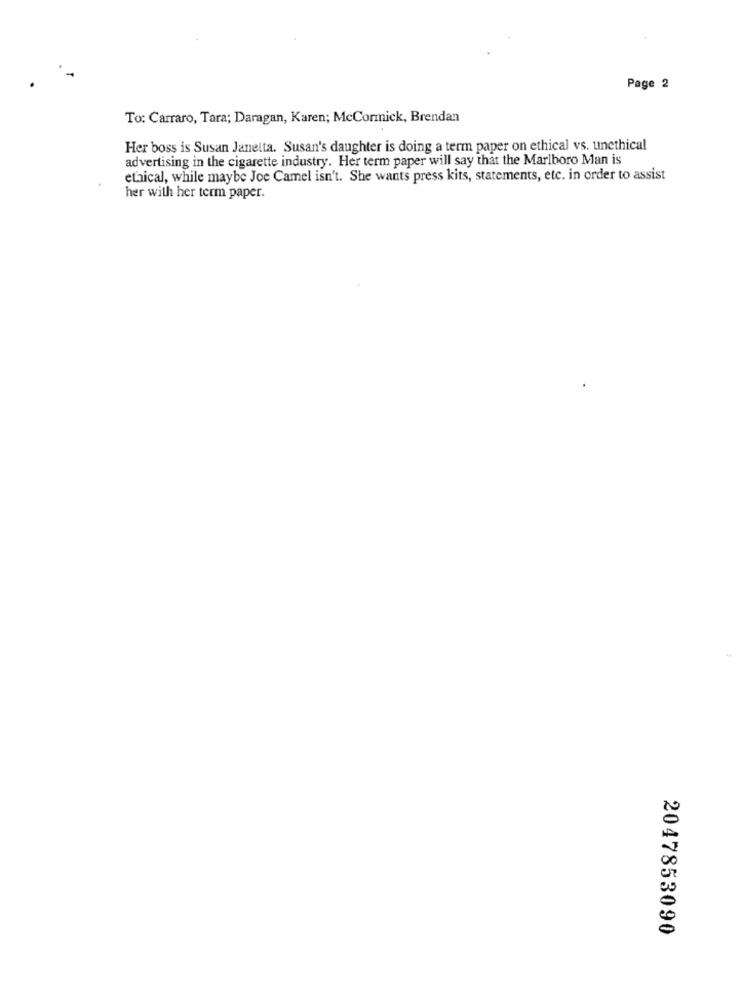
Page 2
To: Carraro, Tara; Daragan, Karen; McCormick, Brendan
Her boss is Susan Janetta. Susan's daughter is doing a term paper on ethical vs. unethical
advertising in the cigarette industry. Her term paper will say that the Marlboro Man is
ethical, while maybe Joe Camel isn't. She wants press kits, statements, etc. in order to assist
her with her term paper.
2047853090